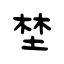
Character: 埜